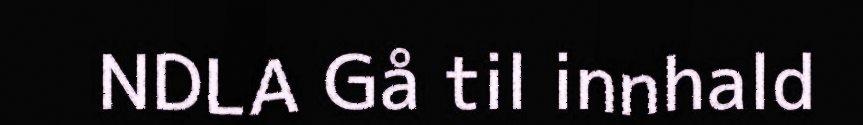
NDLA Gå til innhald